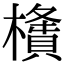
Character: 㯯